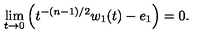
\lim _ { t \rightarrow 0 } \left( t ^ { - ( n - 1 ) / 2 } w _ { 1 } ( t ) - e _ { 1 } \right) = 0 .